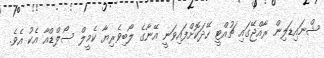
ޝްނައިޑަލިން ރާއްޖޭގައި ޗުއްޓީ ހޭދަކޮށްފައިވަނީ އޭނާގެ ލޯބިވެރިޔާ ކެމީލް ސޯލްޑްއާ އެކު އެވެ.